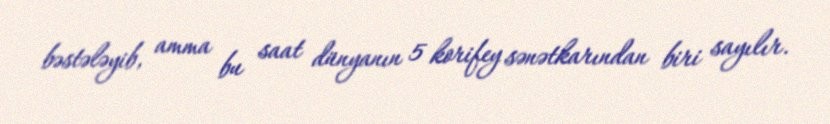
bəstələyib, amma bu saat dünyanın 5 korifey sənətkarından biri sayılır.